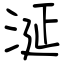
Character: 涎